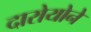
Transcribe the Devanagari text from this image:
दारोयोने